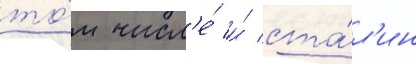
то́м числ'е́ и́ ста́л'ин